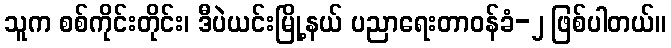
သူက စစ်ကိုင်းတိုင်း၊ ဒီပဲယင်းမြို့နယ် ပညာရေးတာဝန်ခံ-၂ ဖြစ်ပါတယ်။